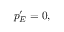
p _ { E } ^ { \prime } = 0 ,